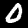
Digit: 0